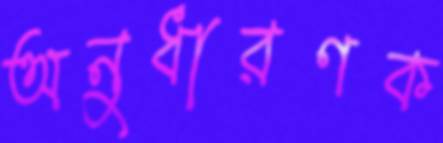
অনুধারণক